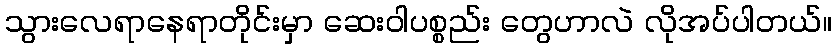
သွားလေရာနေရာတိုင်းမှာ ဆေးဝါပစ္စည်း တွေဟာလဲ လိုအပ်ပါတယ်။